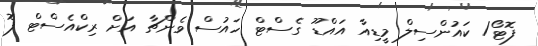
ފޮޓޯ/ ކައުންސިލް މީޑިއާ އައްޑޫ ގެސްޓް ހައުސް ވެންޗާ އަށް ރިކްއެސްޓް ފޮ